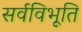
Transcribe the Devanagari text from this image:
सर्वविभूति